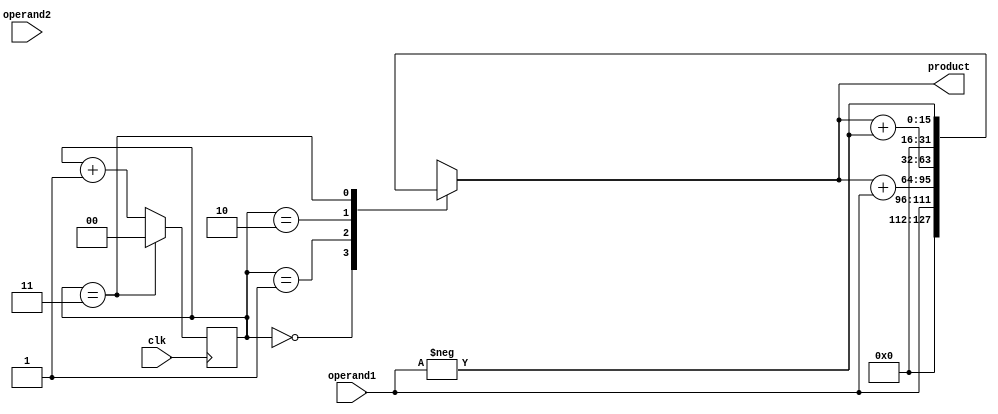
module booth_multiplier (
    input wire [15:0] operand1,
    input wire [15:0] operand2,
    output wire [31:0] product,
    input wire clk
);

reg [31:0] product_reg;
reg [15:0] operand1_reg, operand2_reg;
reg [1:0] count_reg;
reg encode;

// Clock divider block
always @(posedge clk) begin
    if (count_reg == 2'b11)
        count_reg <= 2'b00;
    else
        count_reg <= count_reg + 1'b1;
end

// Booth encoder block
always @*
begin
    encode = (operand2_reg[0] & !operand2_reg[1]) | (operand2_reg[0] & operand2_reg[1] & !operand1_reg[0]);
end

// Multiplier block
always @*
begin
    case (count_reg)
        2'b00: product_reg <= {16'b0, operand1_reg};
        2'b01: product_reg <= product_reg + {16'b0, operand1_reg};
        2'b10: product_reg <= product_reg + {16'b0, -operand1_reg};
        2'b11: product_reg <= {16'b0, -operand1_reg};
    endcase
end

assign operand1_reg = operand1;
assign operand2_reg = operand2;
assign product = product_reg;

endmodule